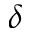
\delta